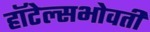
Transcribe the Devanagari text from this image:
हॉटेल्सभोवती